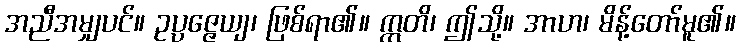
အညီအမျှပင်။ ဥပ္ပဇ္ဇေယျ၊ ဖြစ်ရာ၏။ ဣတိ၊ ဤသို့။ အာဟ၊ မိန့်တော်မူ၏။